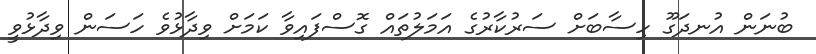
ބުނަން އުނދަގޫ ހިސާބަށް ސަރުކާރުގެ އަމަލުތައް ގޮސްފައިވާ ކަމަށް ވިދާޅުވެ ހަސަން ވިދާޅުވީ